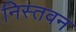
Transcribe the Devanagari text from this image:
निस्तवन